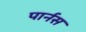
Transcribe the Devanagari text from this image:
पार्नस